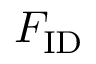
F _ { \mathrm { I D } }